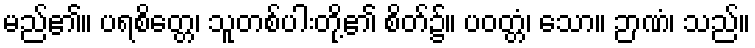
မည်၏။ ပရစိတ္တေ၊ သူတစ်ပါးတို့၏ စိတ်၌။ ပဝတ္တံ၊ သော။ ဉာဏံ၊ သည်။